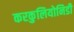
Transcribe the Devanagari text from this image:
करकुलियोनिडी